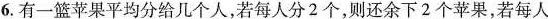
6.有一篮苹果平均分给几个人，若每人